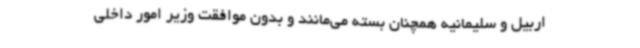
اربیل و سلیمانیه همچنان بسته می‌مانند و بدون موافقت وزیر امور داخلی